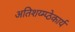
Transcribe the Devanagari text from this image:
अतिशय्म्प्ठेकार्य